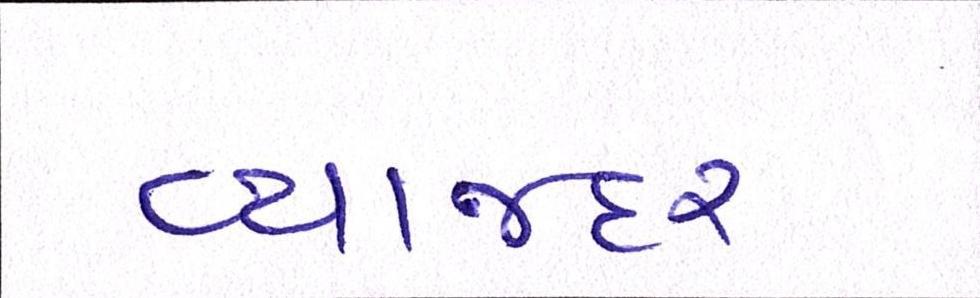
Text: વ્યાજદર